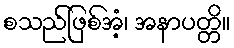
စသည်ဖြစ်အံ့၊ အနာပတ္တိ။